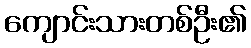
ကျောင်းသားတစ်ဦး၏